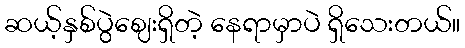
ဆယ့်နှစ်ပွဲဈေးရှိတဲ့ နေရာမှာပဲ ရှိသေးတယ်။